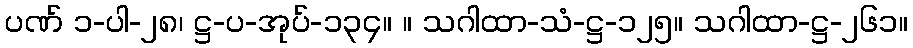
ပဏ် ၁-ပါ-၂၈၊ ဋ္ဌ-ပ-အုပ်-၁၃၄။ ။ သဂါထာ-သံ-ဋ္ဌ-၁၂၅။ သဂါထာ-ဋ္ဌ-၂၆၁။